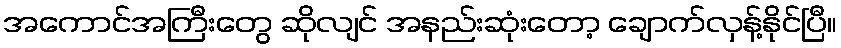
အကောင်အကြီးတွေ ဆိုလျင် အနည်းဆုံးတော့ ချောက်လှန့်နိုင်ပြီ။